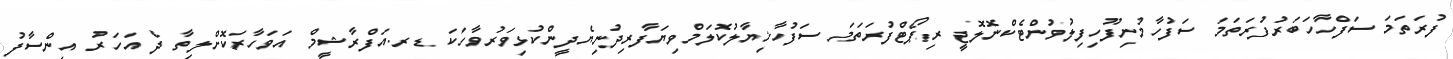
ފުރަތަމަ ސަފްހާހަބަރުފުރަތަމަ ސަފުހާމުނިފޫހިފިލުވުންޓެކްނޮލޮޖީ ރިޕޯޓްފުރަތަމަ ސަފުހާޚިޔާލުކޮލަމްވިޔަފާރިދުނިޔެދީންކުޅިވަރުވާހަކަ ޑރ.އަފްރާޝީމް އަވަހާރަކޮށްލިތާ ދެ އަހަރު އިންސާފު